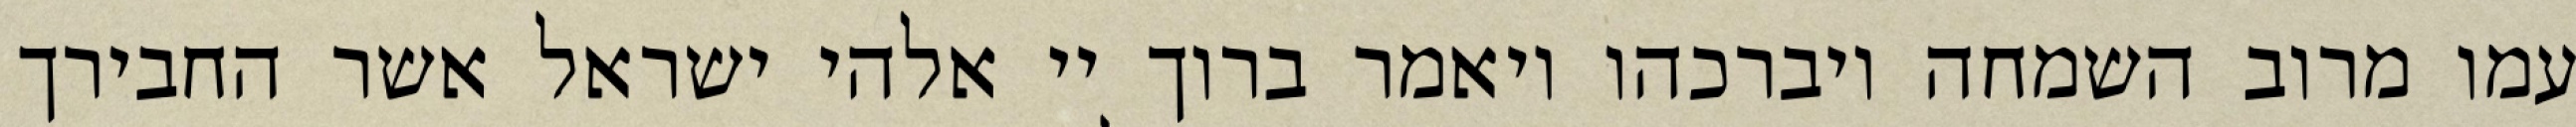
עמו מרוב השמחה ויברכהו ויאמר ברוך יי אלהי ישראל אשר החבירך